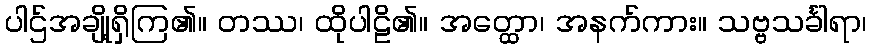
ပါဌ်အချို့ရှိကြ၏။ တဿ၊ ထိုပါဠိ၏။ အတ္ထော၊ အနက်ကား။ သဗ္ဗသင်္ခါရာ၊